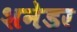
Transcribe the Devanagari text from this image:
शनेडर